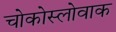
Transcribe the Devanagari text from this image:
चोकोस्लोवाक